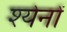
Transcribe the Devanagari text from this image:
श्येनों